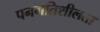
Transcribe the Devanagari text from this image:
पनगतिशीलता